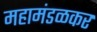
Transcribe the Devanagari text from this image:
महामंडळकर